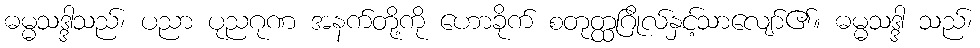
ဓမ္မသဒ္ဒါသည်၊ ပညာ ပုညဂုဏ အနက်တို့ကို ဟောခိုက် စတုတ္ထဂြိုလ်နှင့်သာလျော်၏။ ဓမ္မသဒ္ဒါ သည်၊